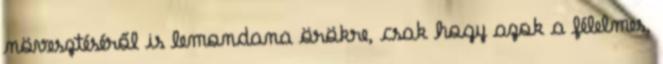
növesztéséről is lemondana örökre, csak hogy azok a félelmes,